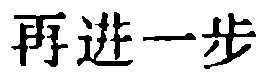
再进一步